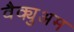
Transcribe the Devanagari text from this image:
वैक्युअम